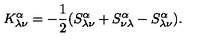
K _ { \lambda \nu } ^ { \alpha } = - \frac { 1 } { 2 } ( S _ { \lambda \nu } ^ { \alpha } + S _ { \nu \lambda } ^ { \alpha } - S _ { \lambda \nu } ^ { \alpha } ) .